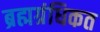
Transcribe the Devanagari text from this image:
ब्रह्मग्रंधिकत